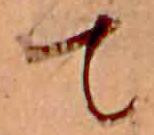
て